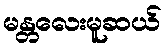
မန္တလေးမူဆယ်